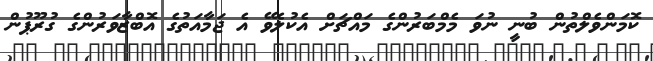
ކޮމަންވެލްތުން ބުނީ ނުވަ މެމްބަރުންގެ މައްޗަށް އެކުލެވޭ އެ ޖަމާއަތުގެ އޮބްޒާވަރުންގެ ގުރޫޕުން